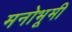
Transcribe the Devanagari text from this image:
मनोभूमी